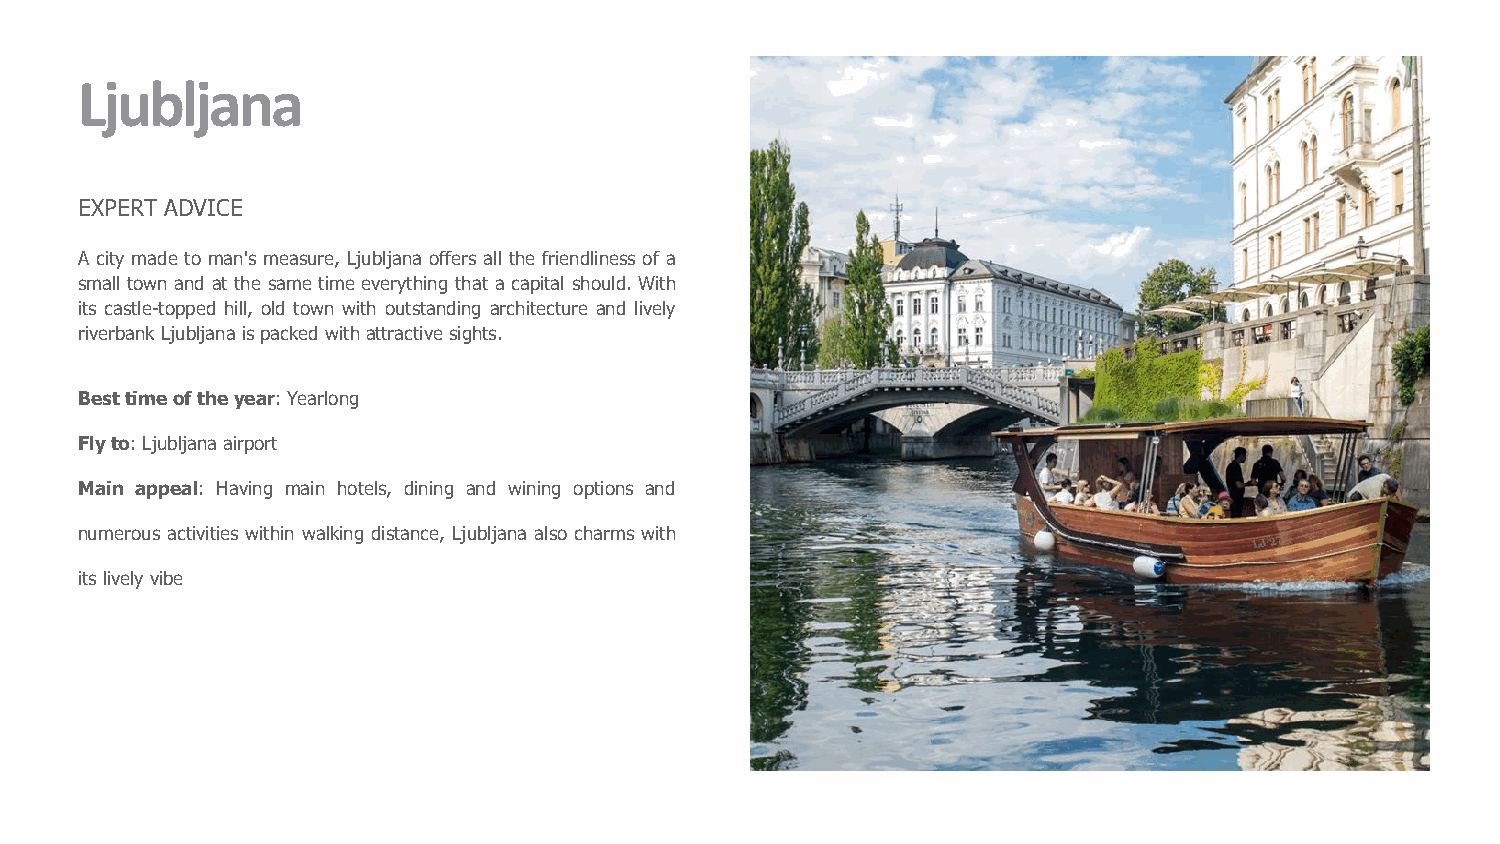
Ljubljana
 EXPERT ADVICE
 A city made to man's measure, Ljubljana offers all the friendliness of a
 small town and at the same time everything that a capital should. With
 its castle-topped hill, old town with outstanding architecture and lively
 riverbank Ljubljanaispacked withattractivesights.
 Besttimeoftheyear:Yearlong
 Flyto:Ljubljanaairport
 Main appeal: Having main hotels, dining and wining options and
 numerous activities within walking distance, Ljubljana also charms with
 itslivelyvibe